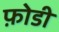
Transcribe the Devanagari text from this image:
फ़ोडी